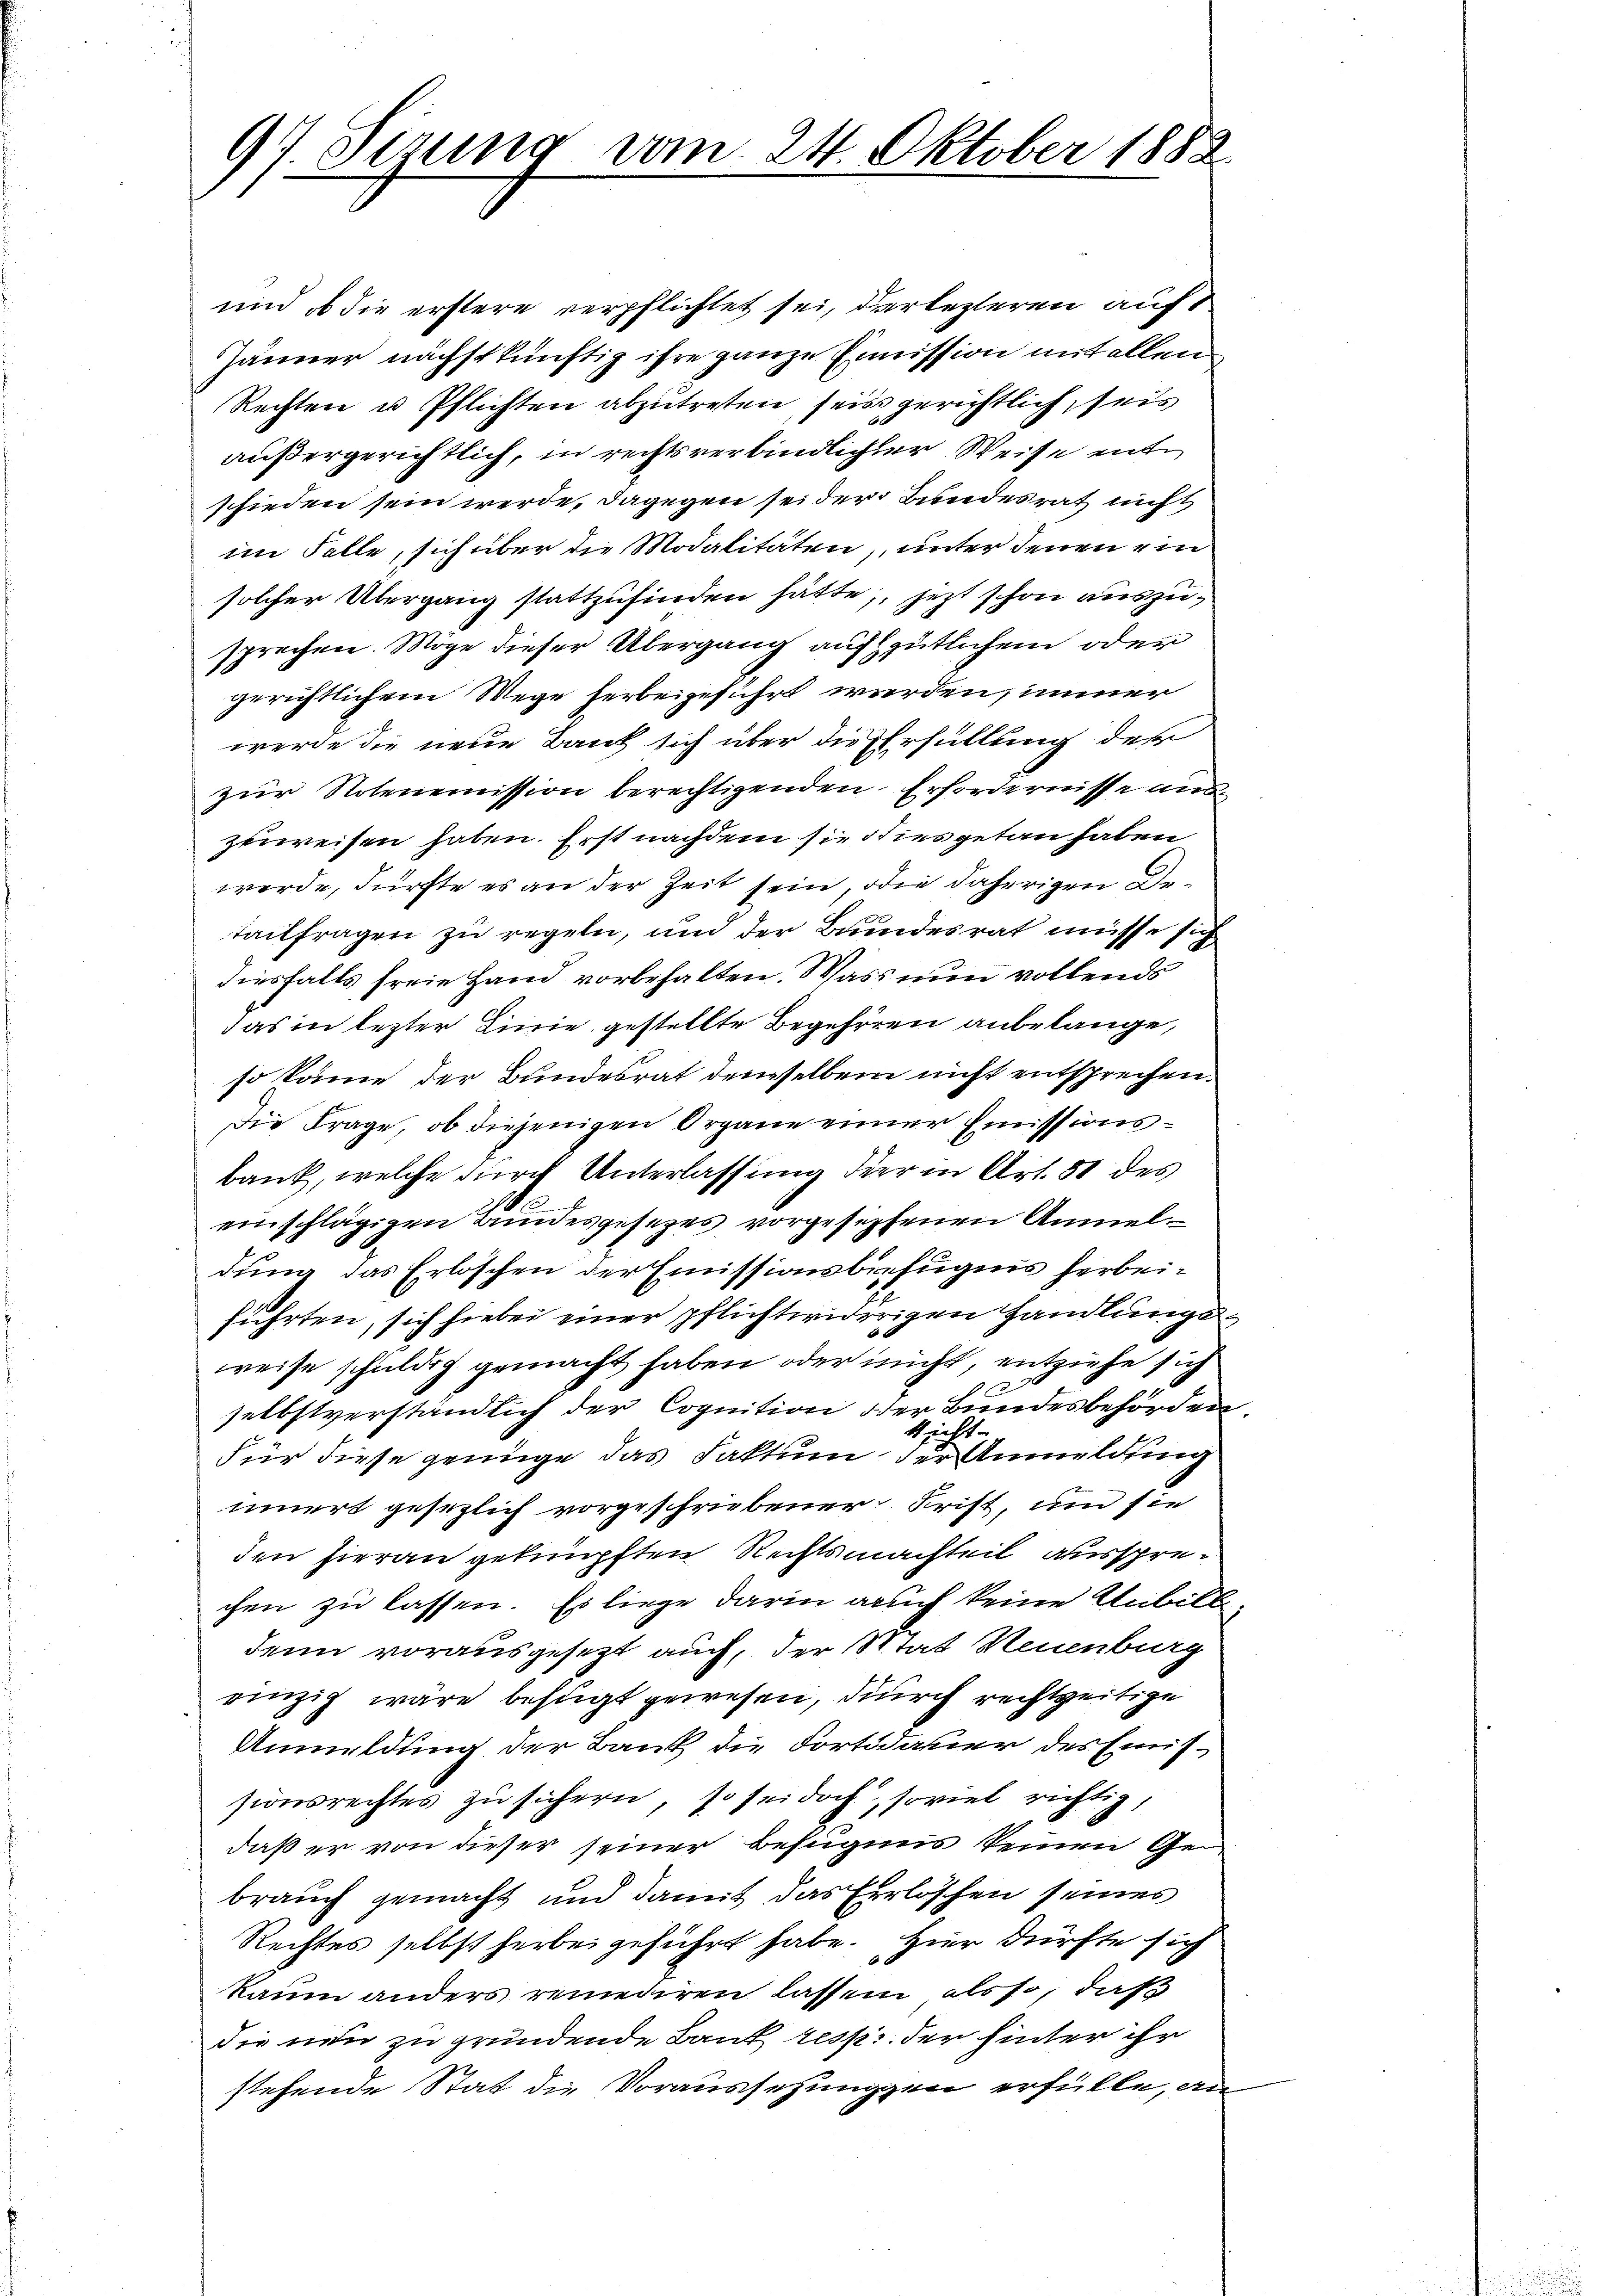
97. Sezung vom 24. Oktober 1882.

und ob die erstere verpflichtet sei, derlezteren auft
Jänner nächstkünftig ihre ganze Emission mit allen
Rechten u Pflichten abzutreten seis gerichtlich, seis
außergerichtlich, in rechtsverbindlicher Weise entschieden sein werde, dagegen sei der Bundesrat nicht
im Falle, sich über die Modalitäten, unter denen ein
solcher Übergang stattzufinden hätte, jetzt schon auszusprechen. Möge dieser Übergang auf gütlichen oder
gerichtlichem Wege herbeigeführt werden, immer
werde die neue Bank sich über die Erfüllung des
zŭr Notenemission berechtigenden Erfordernisse auszuweisen haben. Erst nachdem sie dies getan haben
werde, dürfte es an der Zeit sein, die daherigen Detaitfragen zu regeln, und der Bundesrat müsse sich
diesfalls freie Hand vorbehalten. Was nun vollends
das in lezter Linie gestellte Begehren anbelange,
so könne der Bundesrat derselben nicht entsprechen.
Die Frage, ob diejenigen Organe einer Emissionsbank, welche durch Unterlassung der in Art. 31 des
einschlägigen Bundesgesezes vorgesehenen Anmeldung das Erlöschen der Emissionsbefugnis herbeiführten, sich hiebei einer pflichtwidrigen Handlungsweise schuldig gemacht haben oder nicht, entziehe sich
d
selbstverständlich der Cognition der Bundesbehörden.
Richt
Für diese genüge das Faktum der Anmeldung
innert gesezlich vorgeschriebener Frist, und sie
den hieran geknüpften Rechtsmachteil aussprechen zu lassen. Es liege darin auch keine Unbille
denn vorausgesezt auch, der Stat Neuenburg
einzig wäre befugt gewesen, durch rechtzeitige
Anmeldung der Bank die Fortdauer des Emissionsrechtes zu sichern, so sei doch, soviel richtig,
daß er von dieser seiner Befugnis keinen Gebrauch gemacht und damit das Erlöschen seines
Rechtes selbst herbei geführt habe. Hier dürfte sich
kaum anders remediren lassen als so, daß
die neu zu gründende Bank resp. der hinter ihr
stehende Stat die Voraussehungen erfülle, an